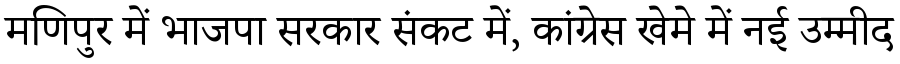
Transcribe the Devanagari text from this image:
मणिपुर में भाजपा सरकार संकट में, कांग्रेस खेमे में नई उम्मीद